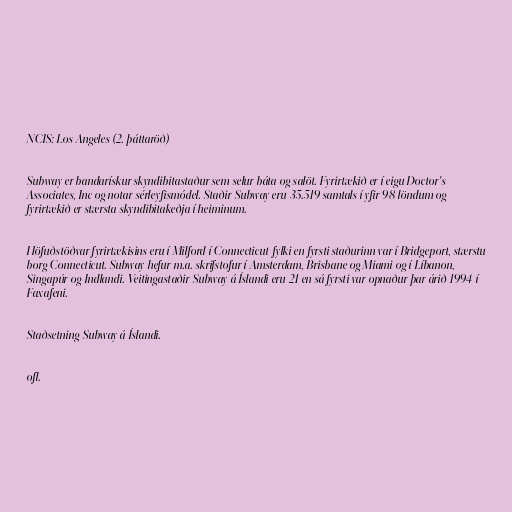
NCIS: Los Angeles (2. þáttaröð)

Subway er bandarískur skyndibitastaður sem selur báta og salöt. Fyrirtækið er í eigu Doctor's
Associates, Inc og notar sérleyfismódel. Staðir Subway eru 35.519 samtals í yfir 98 löndum og
fyrirtækið er stærsta skyndibitakeðja í heiminum.

Höfuðstöðvar fyrirtækisins eru í Milford í Connecticut-fylki en fyrsti staðurinn var í Bridgeport, stærstu
borg Connecticut. Subway hefur m.a. skrifstofur í Amsterdam, Brisbane og Miami og í Líbanon,
Singapúr og Indlandi. Veitingastaðir Subway á Íslandi eru 21 en sá fyrsti var opnaður þar árið 1994 í
Faxafeni.

Staðsetning Subway á Íslandi.

ofl.